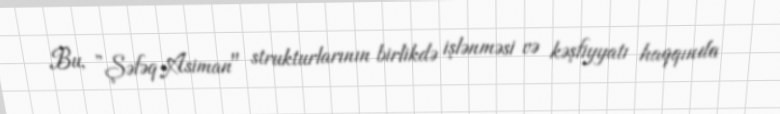
Bu, ”Şəfəq-Asiman" strukturlarının birlikdə işlənməsi və kəşfiyyatı haqqında